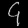
Digit: ၄